65_HS1-834228961_62-HQ-83894_Section_5
Agency: FBI
Page 200
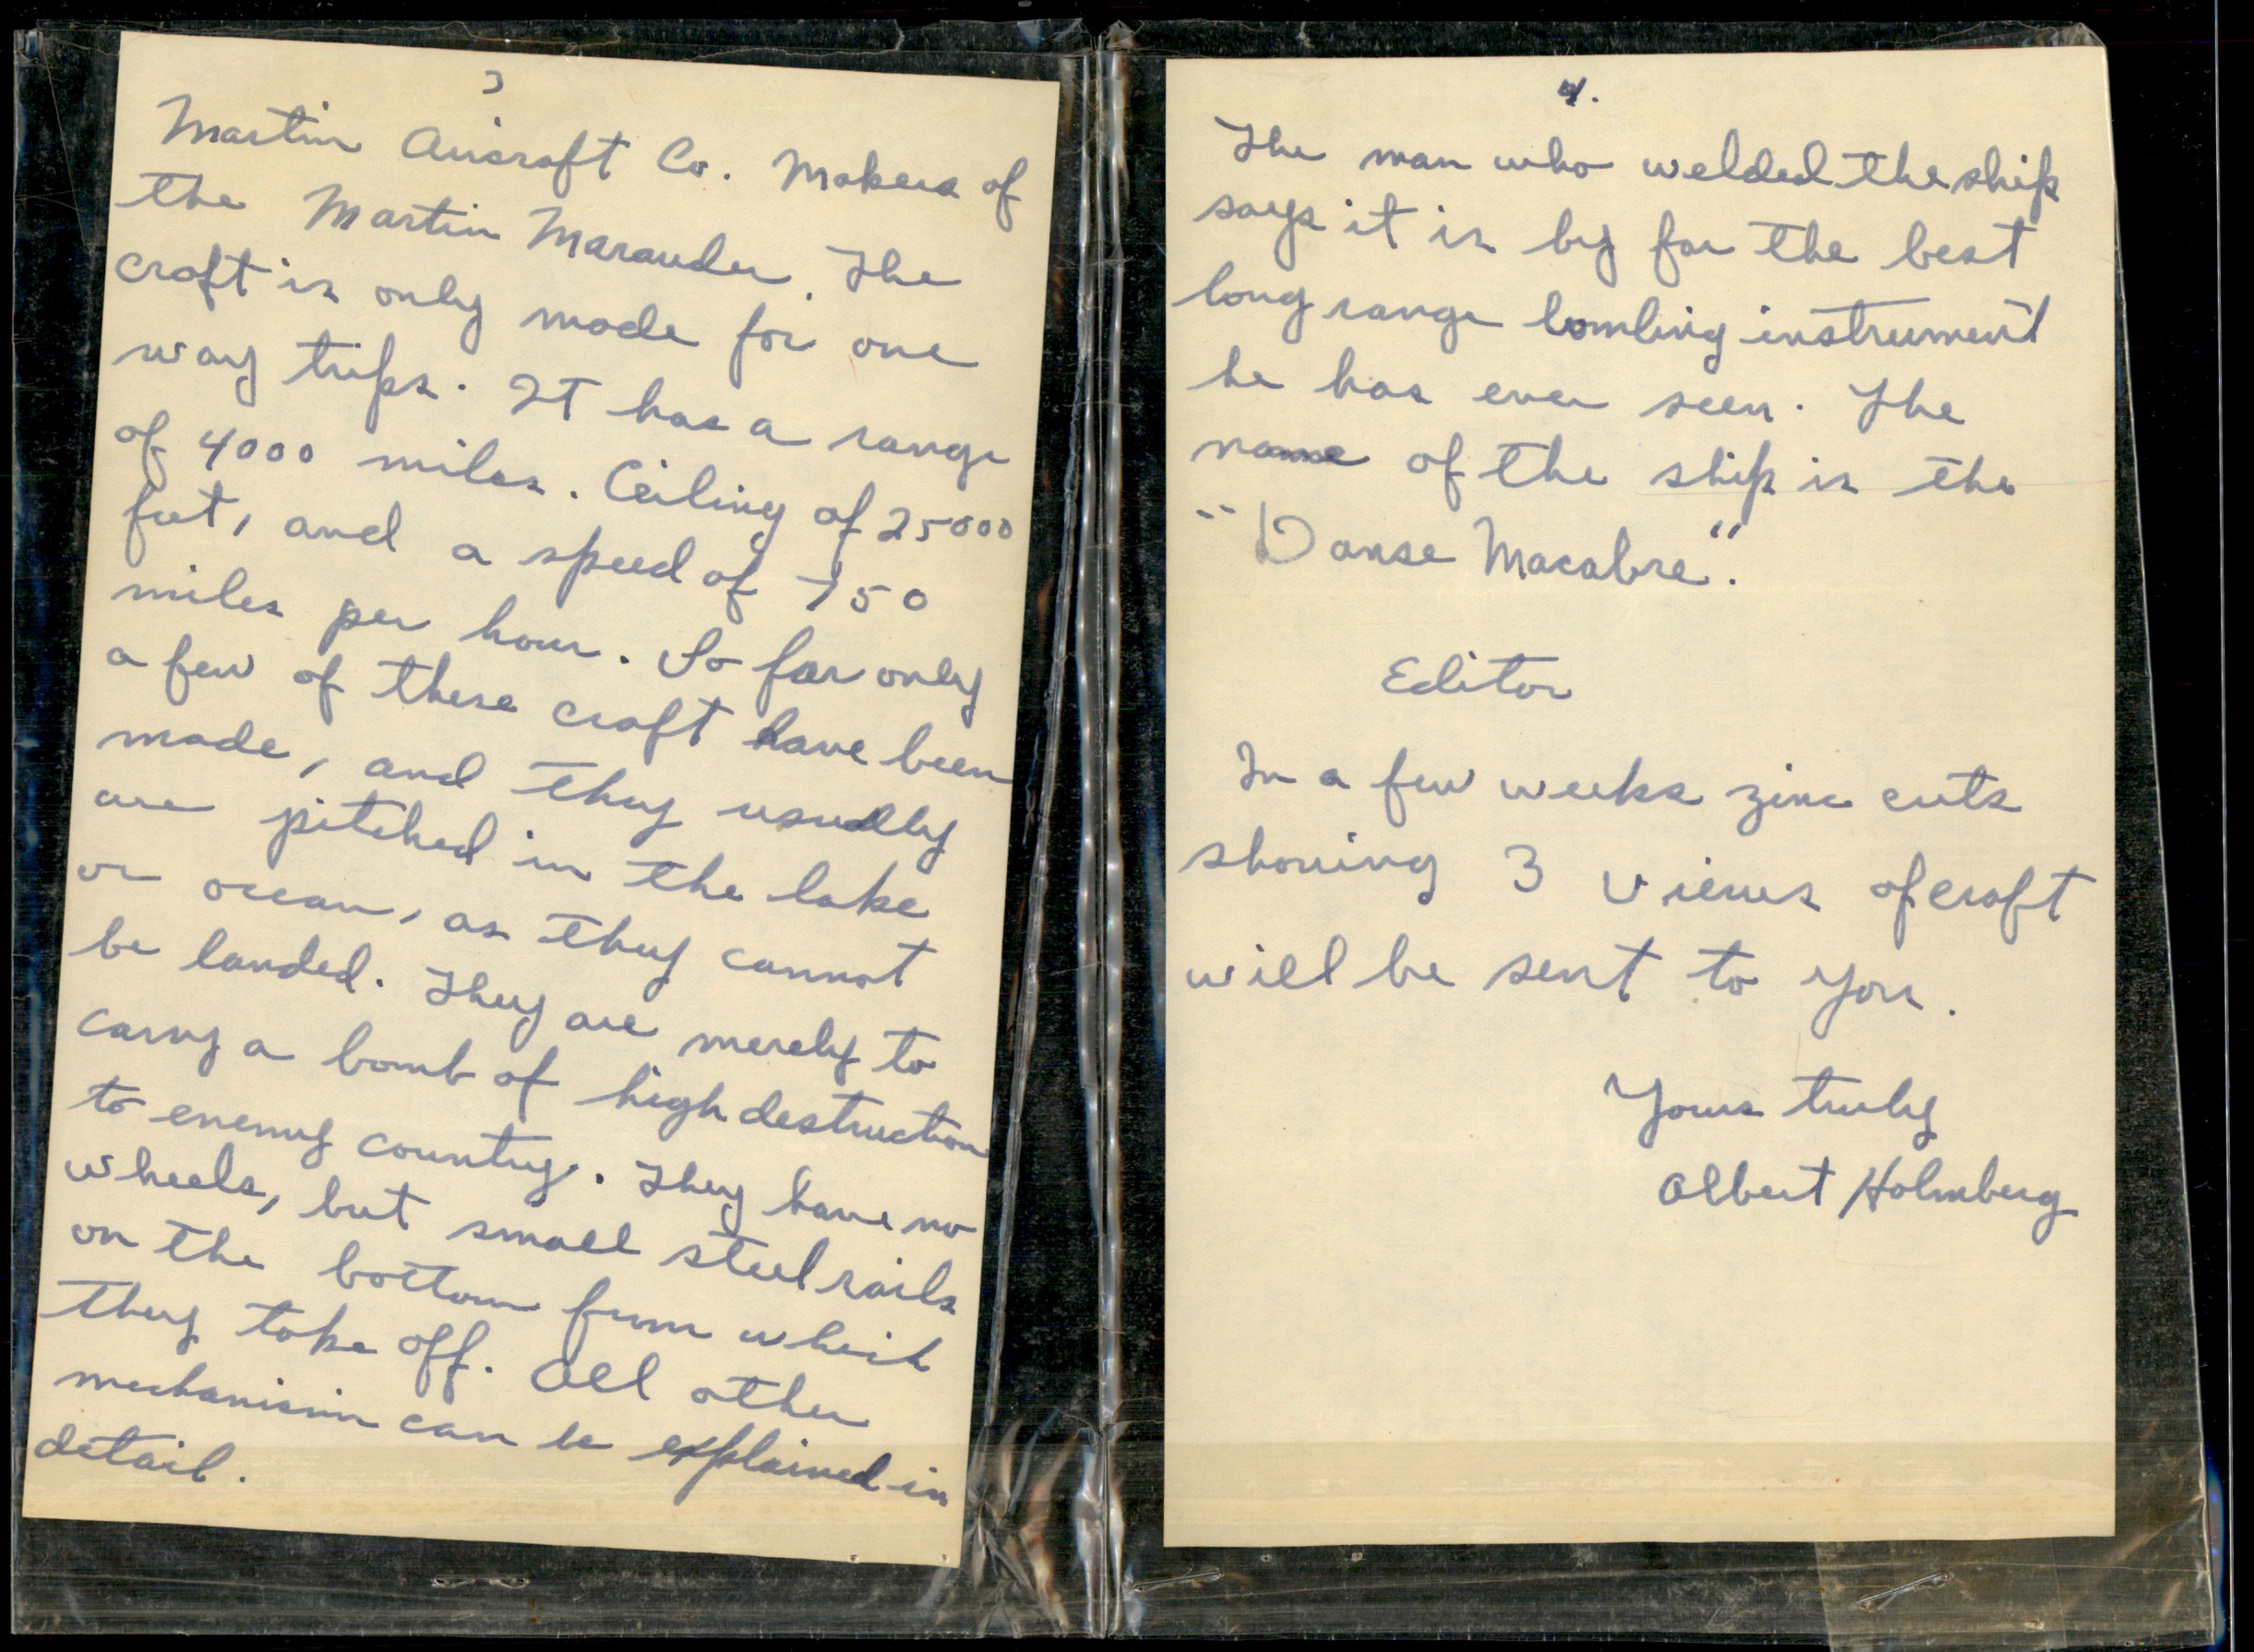